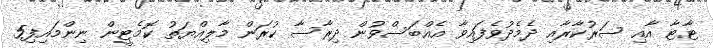
ޓާޓާ އާއި ސަރުކާރާއި ދެމެދުވެފައިވާ އެއްބަސްވުން ދިރާސާ ކުރަން މާލިއްޔަތު ކޮމެޓީން ނިންމައިފި5